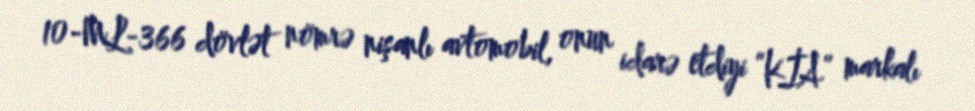
10-ML-366 dövlət nömrə nişanlı avtomobil, onun idarə etdiyi “KİA” markalı